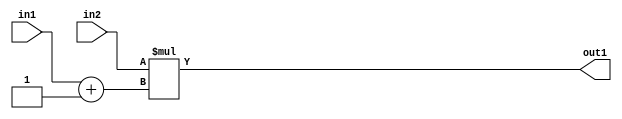
`timescale 1ps / 1ps
/*****************************************************************************
    Verilog RTL Description
    
    
    Created by: Stratus DpOpt 2019.1.01 
*******************************************************************************/

module st_feature_addr_gen_Mul2Add2i1u8u16_4_0 (
	in2,
	in1,
	out1
	); /* architecture "behavioural" */ 
input [15:0] in2;
input [7:0] in1;
output [15:0] out1;
wire [15:0] asc001;
wire [8:0] asc002;

assign asc002 = 
	+(in1)
	+(9'B000000001);

assign asc001 = 
	+(in2 * asc002);

assign out1 = asc001;
endmodule

/* CADENCE  ubfyQws= : u9/ySgnWtBlWxVPRXgAZ4Og= ** DO NOT EDIT THIS LINE ******/